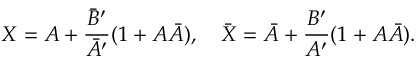
X = A + \frac { { \bar { B } } ^ { \prime } } { { \bar { A } } ^ { \prime } } ( 1 + A \bar { A } ) , \quad \bar { X } = \bar { A } + \frac { B ^ { \prime } } { A ^ { \prime } } ( 1 + A \bar { A } ) .